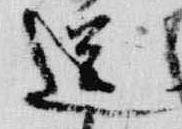
送